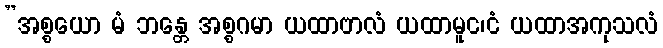
”အစ္စယော မံ ဘန္တေ အစ္စဂမာ ယထာဗာလံ ယထာမူင၊ငံ ယထာအကုသလံ